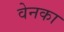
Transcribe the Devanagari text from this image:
वेनका